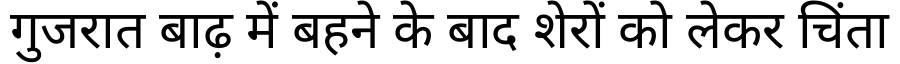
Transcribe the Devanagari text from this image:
गुजरात बाढ़ में बहने के बाद शेरों को लेकर चिंता